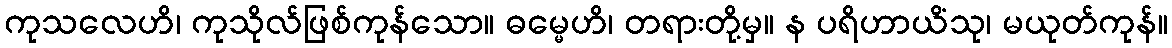
ကုသလေဟိ၊ ကုသိုလ်ဖြစ်ကုန်သော။ ဓမ္မေဟိ၊ တရားတို့မှ။ န ပရိဟာယိံသု၊ မယုတ်ကုန်။